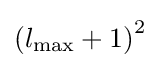
{\left({{l_{\max }}+1}\right)^{2}}